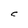
Character: C